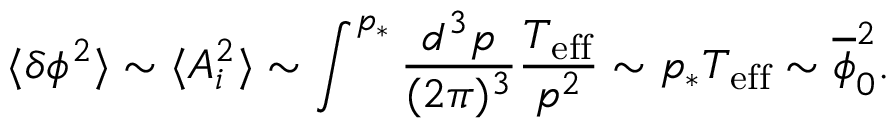
\langle \delta \phi ^ { 2 } \rangle \sim \langle A _ { i } ^ { 2 } \rangle \sim \int ^ { p _ { * } } \frac { d ^ { 3 } p } { ( 2 \pi ) ^ { 3 } } \frac { T _ { \mathrm { e f f } } } { p ^ { 2 } } \sim p _ { * } T _ { \mathrm { e f f } } \sim \overline { { { \phi } } } _ { 0 } ^ { 2 } .